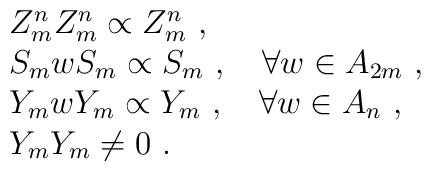
\begin{array}{rcl}& &Z^n_m Z^n_m\propto Z^n_m~,\\& &S_m w S_m\propto S_m~,~~~ \forall w \in A_{2m}~,\\& &Y_m w Y_m\propto Y_m~,~~~ \forall w \in A_n~,\\& &Y_m Y_m\not=0~.\end{array}